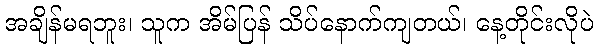
အချိန်မရဘူး၊ သူက အိမ်ပြန် သိပ်နောက်ကျတယ်၊ နေ့တိုင်းလိုပဲ